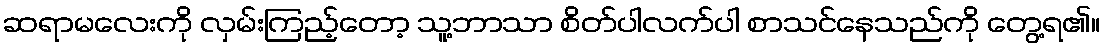
ဆရာမလေးကို လှမ်းကြည့်တော့ သူ့ဘာသာ စိတ်ပါလက်ပါ စာသင်နေသည်ကို တွေ့ရ၏။